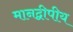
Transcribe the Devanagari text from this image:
मानद्वीपीय